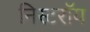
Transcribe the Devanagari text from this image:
निस्टरॉय